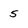
Character: 5